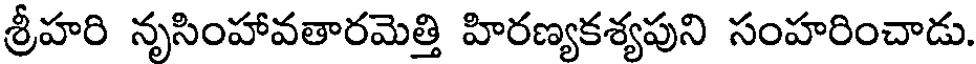
శ్రీహరి నృసింహావతారమెత్తి హిరణ్యకశ్యపుని సంహరించాడు.